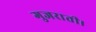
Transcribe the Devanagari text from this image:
गुजराती।